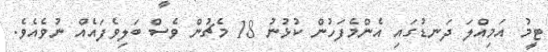
ޓީމު އަމިއްލަ ދަނޑުގައި އެންމެފަހުން ކުޅުނު 18 މެޗުން ވެސް ބަލިވެފައެއް ނުވެއެވެ.